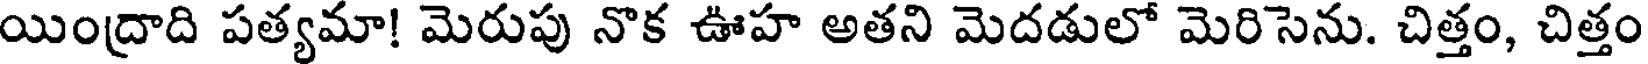
యింద్రాది పత్యమా! మెరుపు నొక ఊహ అతని మెదడులో మెరిసెను. చిత్తం, చిత్తం